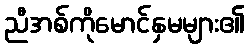
ညီအစ်ကိုမောင်နှမများ၏